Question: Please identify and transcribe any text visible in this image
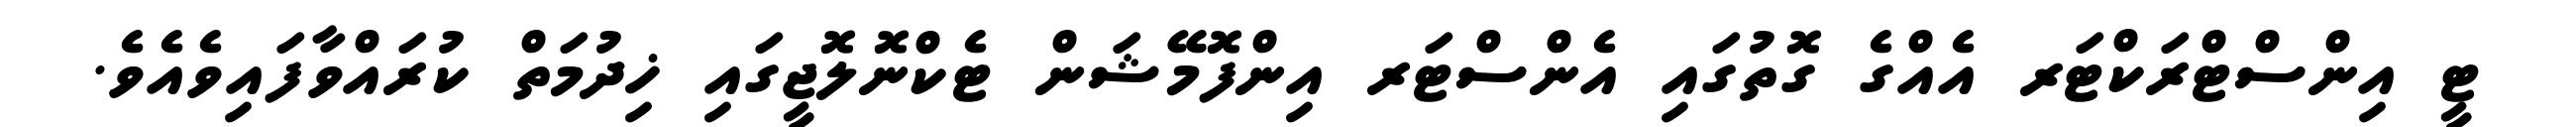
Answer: ޓީ އިންސްޓްރަކްޓަރ އެއްގެ ގޮތުގައި އެންސްޓަރ އިންފޮމޭޝަން ޓެކްނޮލޮޖީގައި ޚިދުމަތް ކުރައްވާފައިވެއެވެ.